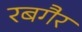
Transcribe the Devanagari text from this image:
रबगैर